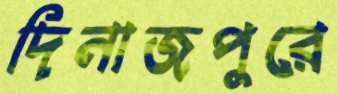
দিনাজপুরে